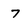
Character: 7